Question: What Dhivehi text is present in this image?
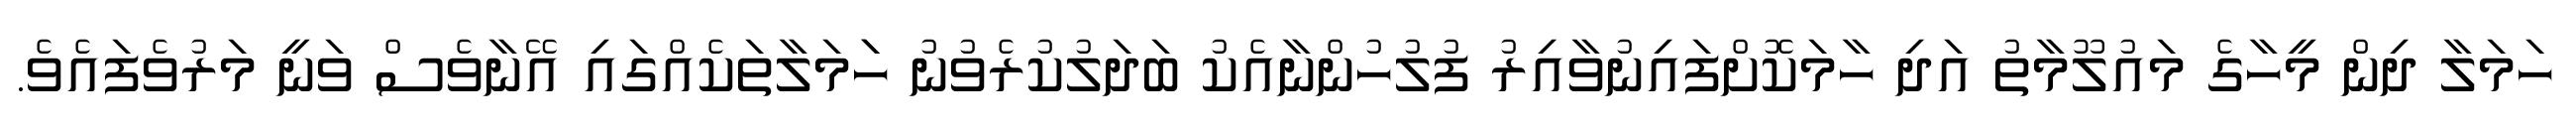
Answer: ހަމަލާ ދިން މީހާގެ މައުލޫމާތު އަދި ހާމަކޮށްފައިނުވާއިރު ފުލުހުންނާއެކު ބަދަލުކުރެވުނު ހަަމަލާތަކެއްގައި އޭނާވެސް ވަނީ މަރުވެފައެވެ.